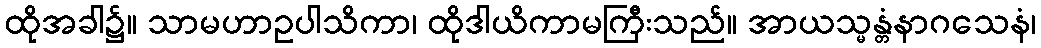
ထိုအခါ၌။ သာမဟာဥပါသိကာ၊ ထိုဒါယိကာမကြီးသည်။ အာယသ္မန္တံနာဂသေနံ၊